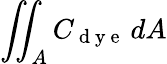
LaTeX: \iint_{A}C_{\mathrm{~d~y~e~}}\, dA